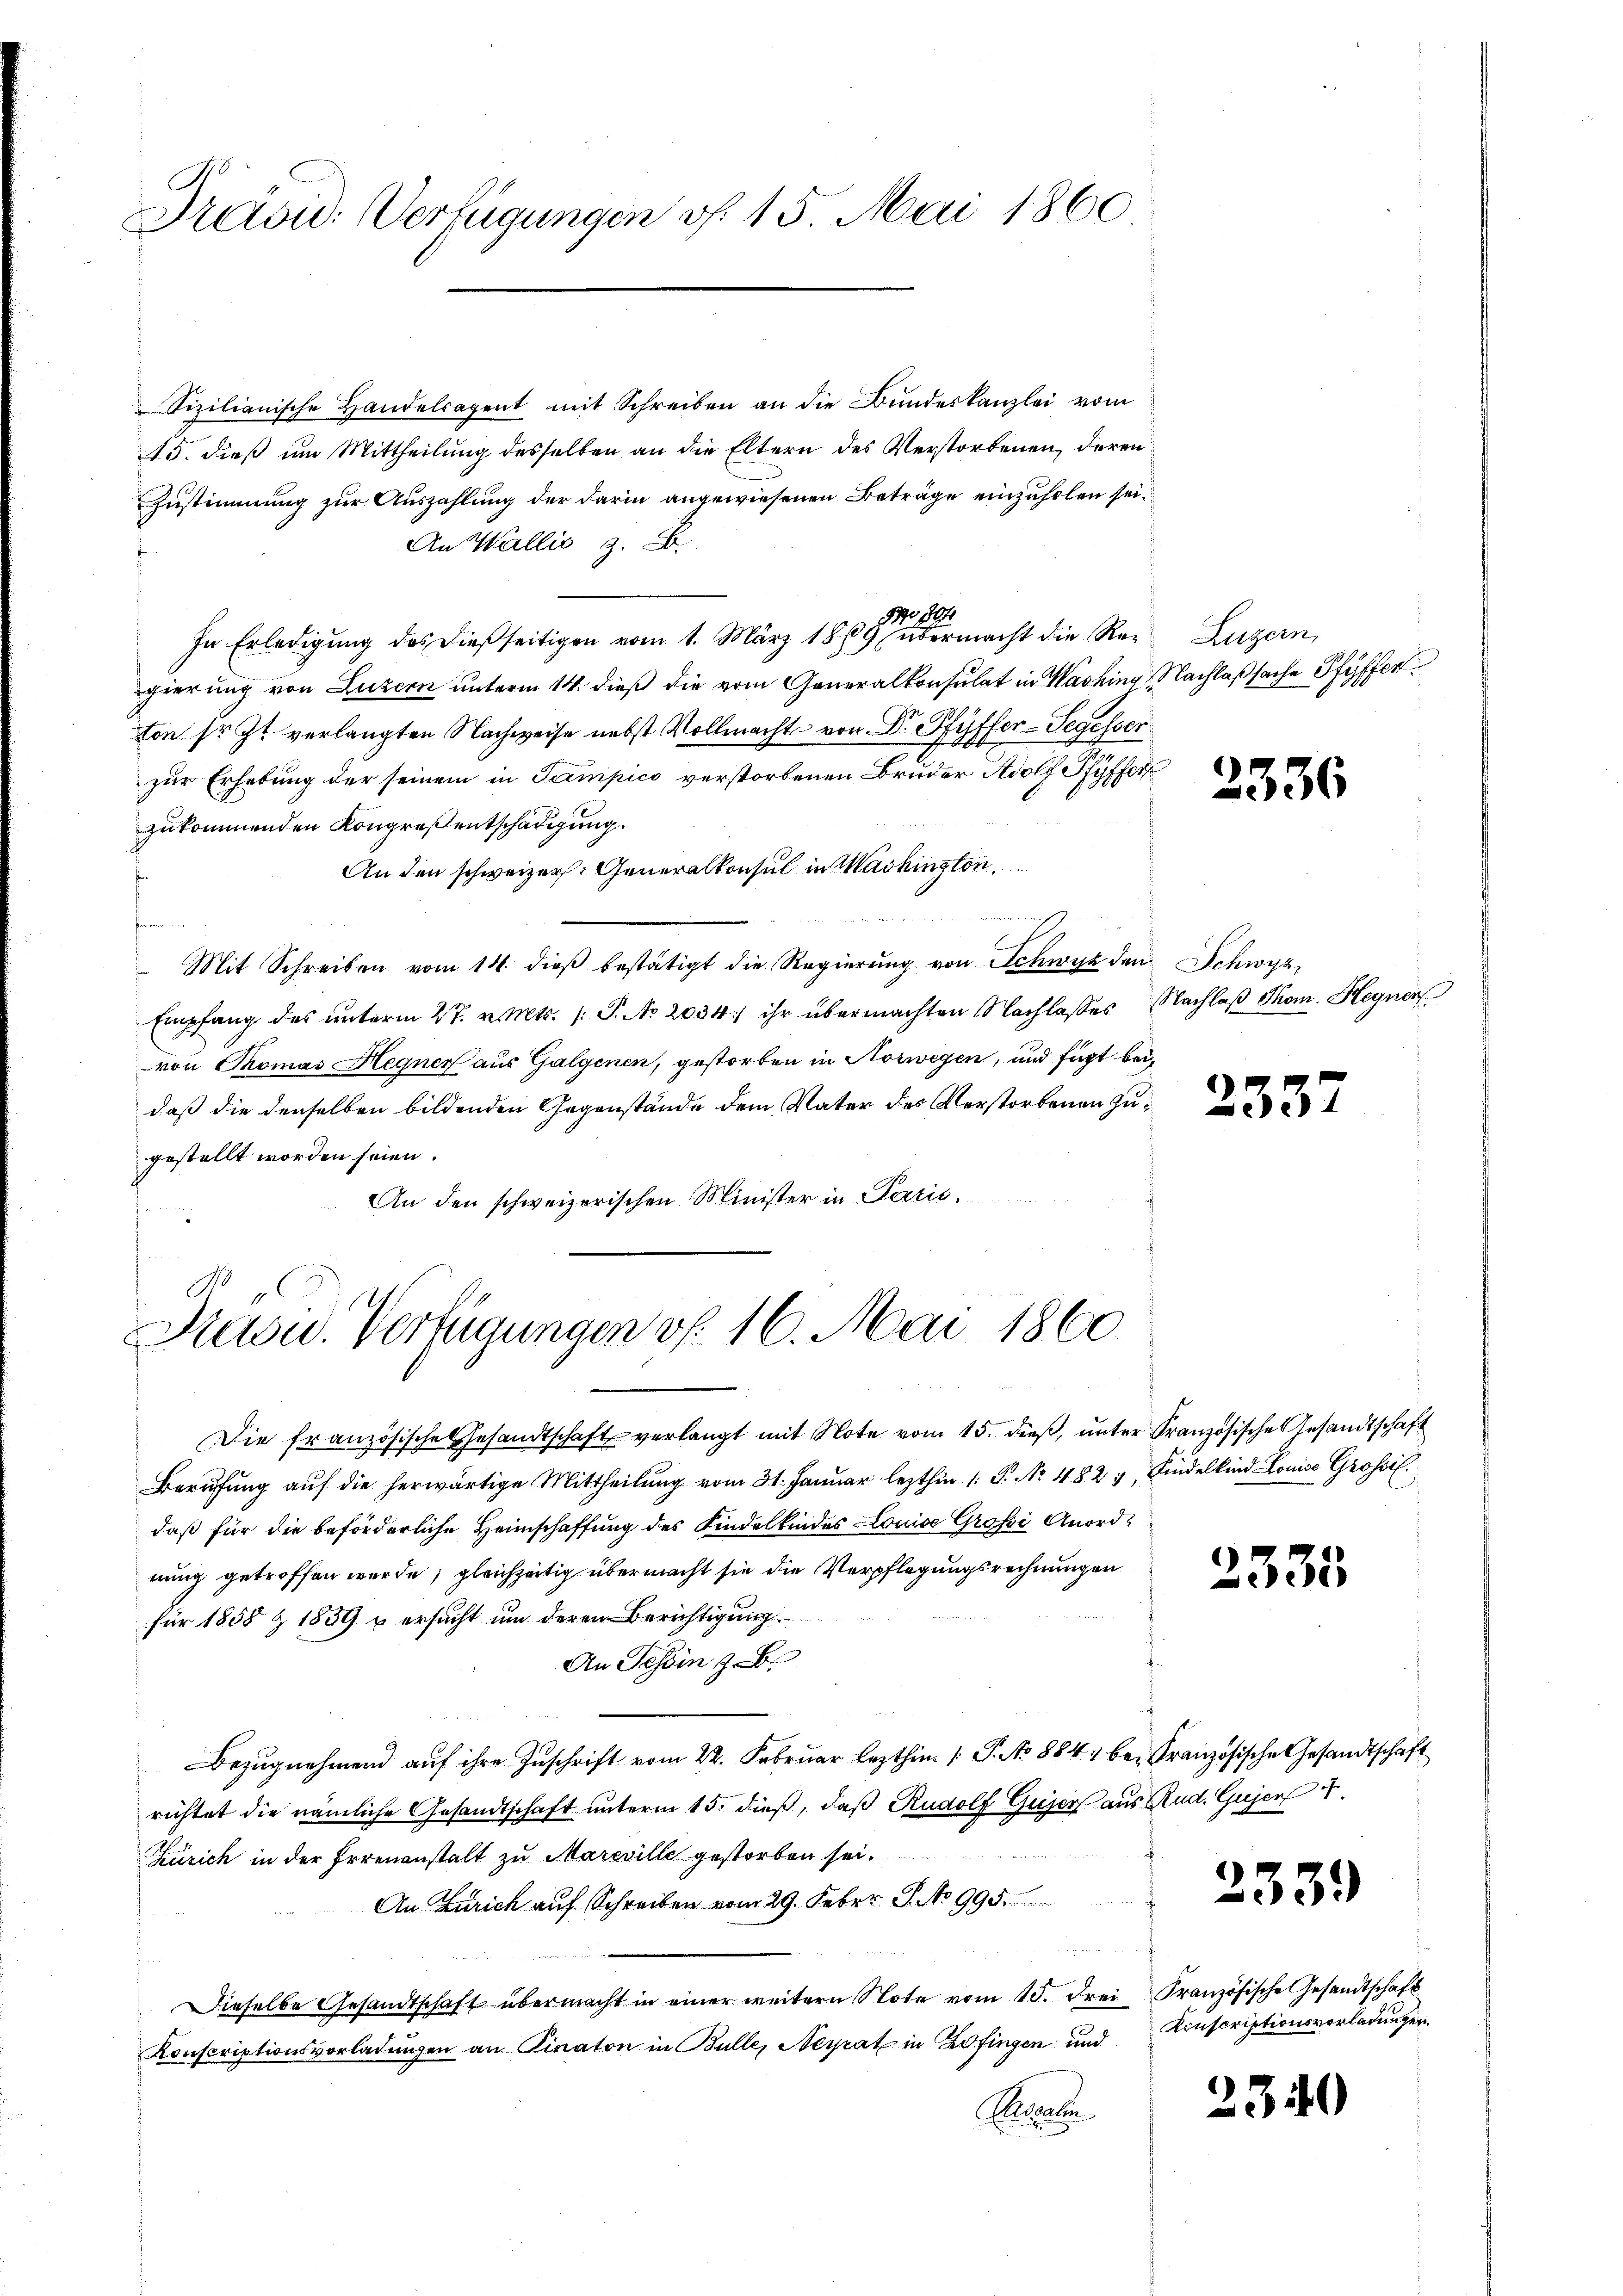
Prusic: Verfügungen v. 15. Mai 1860

Sizilianische Handelsagent mit Schreiben an die Bundeskanzlei vom
15. dieß um Mittheilung desselben an die Eltern des Verstorbenen, deren
Zustimmung zur Auszahlung der darin angewiesenen Beträge einzuholen sei.
An Wallis z. B.
No 901
In Erledigŭng des dießseitigen vom 1. März 1869 übermacht die Re- Luzern,
gierung von Luzern unterm 14. dieß die vom Generalkonsulat in Washing, Nachlaßsache Pfyffer
ton sr. Zt. verlangten Nachweise nebst Vollmacht von Dr. Pfyffer-Segesser
zur Erhebung der seinem in Sampico verstorbenen Bruder Adolf Pfyffer
zukommenden Kongreßentschädigung.
An den schweizer. Generalkonsul in Machinston,

Mit Schreiben vom 14. dieβ bestätigt die Regierŭng von Schwyz den Schwyz,
Empfang des unterm 27. v. Mts. /: P. No. 2034/ ihr übermachten Nachlasses Nachlaß Thom. Hegnen
von Thomas Hegner aus Galgenen, gestorben in Norwegen, und fügt beidaß die denselben bildenden Gegenstände dem Vater des Verstorbenen Zugestellt worden seien.
An den schweizerischen Minister in Parić.

Kasu. Verfügungen v. 16. Mai 1860.

Die französische Gesandtschaft verlangt mit Note vom 15. dieß, unter Französische Gesandtschaft
Berufung auf die herwärtige Mittheilung vom 31. Januar lezthin 1. P. Nr. 482 u, Kindelkind Louise Grossil
daß für die beförderliche Heimschaffung des Kindelkindes Louise Grossi Anordnung getroffen wurde; gleichzeitig übermacht sie die Verpflegungsrechnungen
für 1858 & 1859 u ersucht um deren Berichtigung
An Tessin zu
Bezŭgnehmend aŭf ihre Zuschrift vom 22. Februar lezthin 1 S. No 884 be- Französische Gesandtschaft
richtet die nämliche Gesandtschaft unterm 15. dieß, daß Rudolf Gujer aus Rud. Gujer
Zürich in der Irrenanstalt zu Mareville gestorben sei.
An Zürich auf Schreiben vom 29. Feber. J. No 995.
Dieselbe Gesandtschaft übermacht in einer weitern Note vom 15. drei Französische Gesandtschaft
Konscriptionsvorladungen an Kinaton in Bulle, Neyrat in Zofingen und
Ecanten

2336

2337

2335

2339)

Konscriptionsvorladungen.

2340